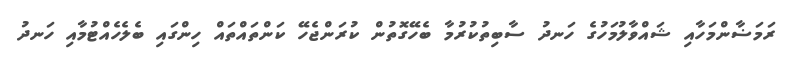
ރަމަޟާންމަހާއި ޝައްވާލުމަހުގެ ހަނދު ސާބިތުކުރުމާ ބެހޭގޮތުން ކުރަންޖެހޭ ކަންތައްތައް ހިންގައި ބެލެހެއްޓުމާއި ހަނދު